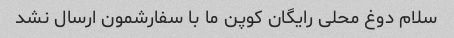
سلام دوغ محلی رایگان کوپن ما با سفارشمون ارسال نشد